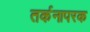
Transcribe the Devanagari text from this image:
तर्कनापरक